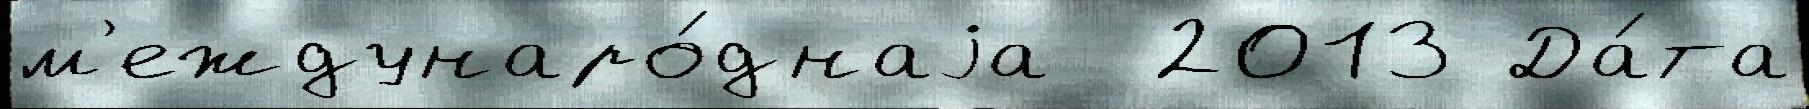
м'еждунаро́днаjа  2013 Да́та